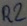
Text: R2